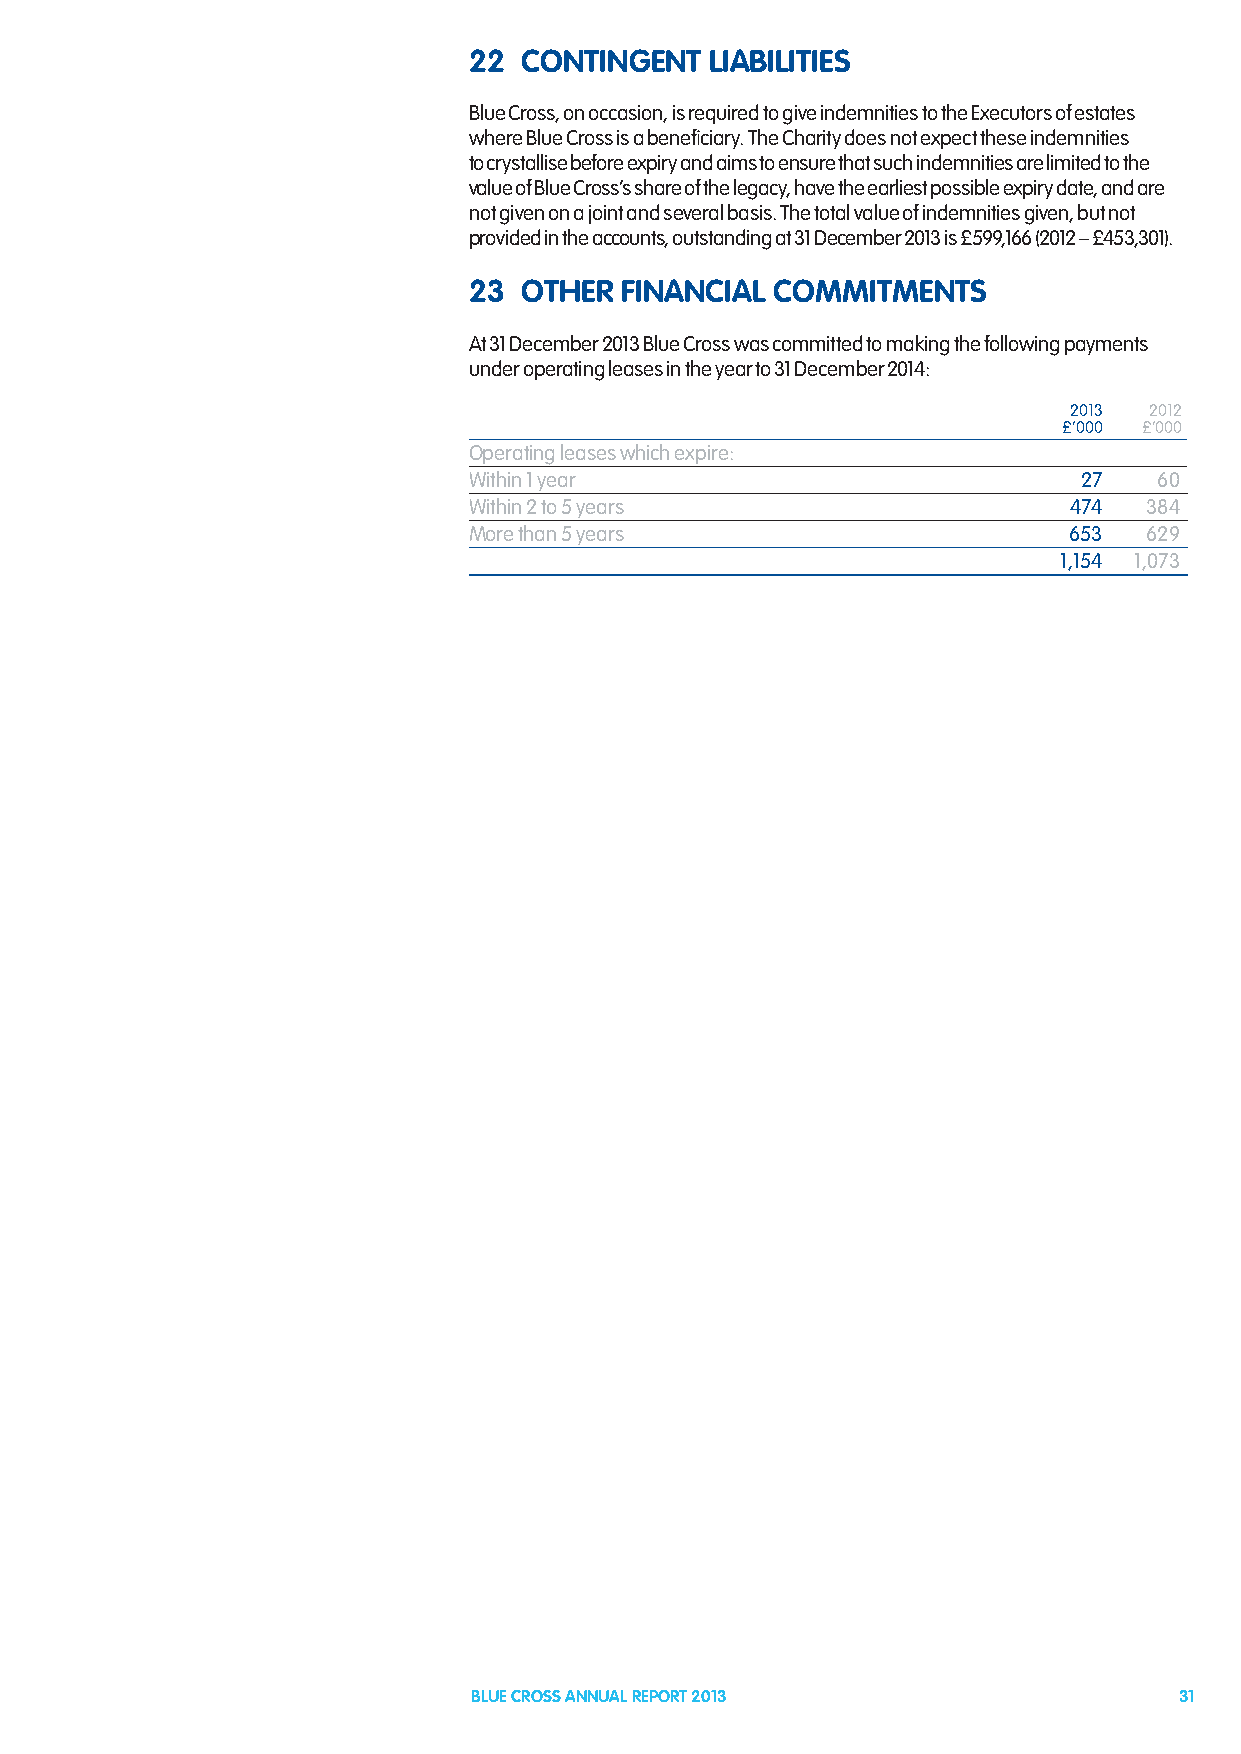
22  CONTINGENT  LIABILITIES
 Blue Cross, on occasion, is required to give indemnities to the Executors of estates
 where Blue Cross is a beneficiary. The Charity does not expect these indemnities
 to crystallise before expiry and aims to ensure that such indemnities are limited to the
 value of Blue Cross’s share of the legacy, have the earliest possible expiry date, and are
 not given on a joint and several basis. The total value of indemnities given, but not
 provided in the accounts, outstanding at 31 December 2013 is £599,166 (2012 – £453,301).
 23  OTHER FINANCIAL COMMITMENTS
 At 31 December 2013 Blue Cross was committed to making the following payments
 under operating leases in the year to 31 December 2014:
 2013 2012
 £’000 £’000
 Operating leases which expire:
 Within 1 year                            27   60
 Within 2 to 5 years                     474  384
 More than 5 years                       653  629
 1,154 1,073
 BLUE CROSS ANNUAL REPORT 2013                  31